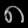
Digit: ၈